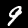
Digit: 9